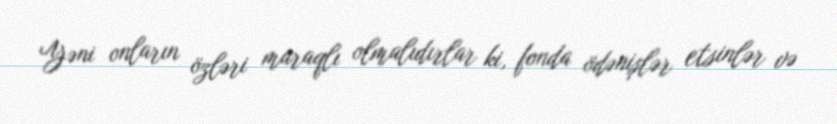
Yəni onların özləri maraqlı olmalıdırlar ki, fonda ödənişlər etsinlər və